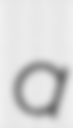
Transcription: a